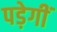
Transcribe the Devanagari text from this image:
पड़ेगीं